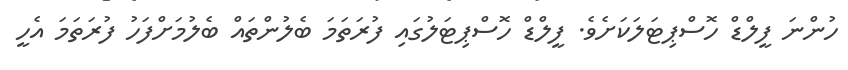
ހުންނަ ފީލްޑް ހޮސްޕިޓަލަކަށެވެ. ފީލްޑް ހޮސްޕިޓަލުގައި ފުރަތަމަ ބެލުންތައް ބެލުމަށްފަހު ފުރަތަމަ އެހީ